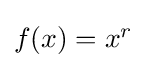
{\textstyle f(x)=x^{r}}